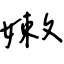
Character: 嫩